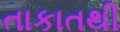
તાકાતથી